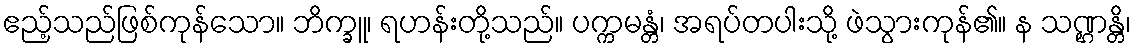
ဧည့်သည်ဖြစ်ကုန်သော။ ဘိက္ခူ၊ ရဟန်းတို့သည်။ ပက္ကမန္တံ၊ အရပ်တပါးသို့ ဖဲသွားကုန်၏။ န သဏ္ဌန္တိ၊